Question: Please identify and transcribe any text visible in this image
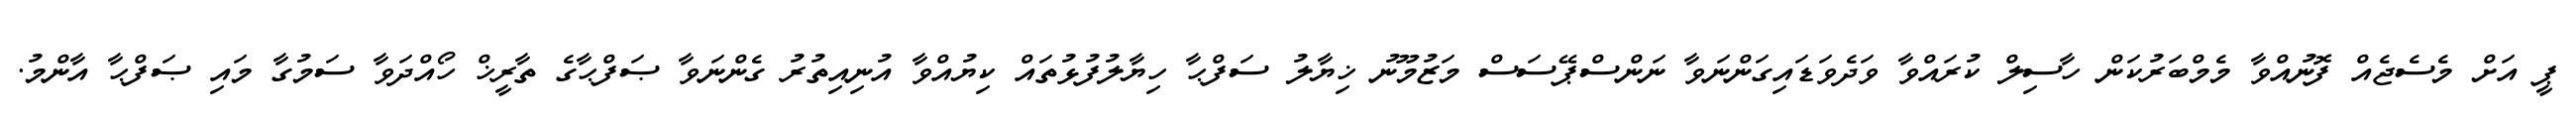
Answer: ޕީ އަށް މެސެޖެއް ފޮނުއްވާ މެމްބަރުކަން ހާސިލް ކުރައްވާ ވަދެވަޑައިގަންނަވާ ނަންސްޕޭސަސް މަޒުމޫނު ޚިޔާލު ސަފްޙާ ހިޔާލުފުޅުތައް ކިޔުއްވާ އުނިއިތުރު ގެންނަވާ ޞަފްޙާގެ ތާރީޚް ހޯއްދަވާ ސަމުގާ މައި ޞަފްޙާ އާންމު.